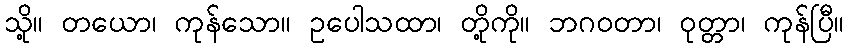
သို့။ တယော၊ ကုန်သော။ ဥပေါသထာ၊ တို့ကို။ ဘဂဝတာ၊ ဝုတ္တာ၊ ကုန်ပြီ။